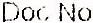
DOC NO